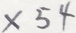
\times 5 4